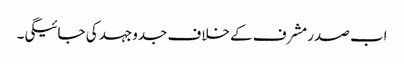
اب صدرمشرف کے خلاف جدوجہد کی جائیگی۔